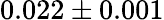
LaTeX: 0.022\pm 0.001